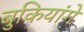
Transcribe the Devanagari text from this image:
बुकियांगे